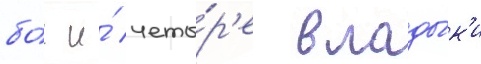
бо́г и́ четы́р'е влады́к'и